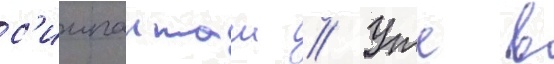
с'иипанташ // Уже в